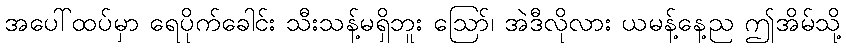
အပေါ်ထပ်မှာ ရေပိုက်ခေါင်း သီးသန့်မရှိဘူး ဪ၊ အဲဒီလိုလား ယမန့်နေ့ည ဤအိမ်သို့